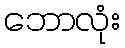
ဘောလုံး